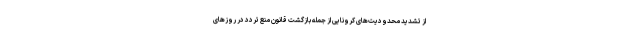
از تشدید محدودیت‌های کرونایی از جمله بازگشت قانون منع تردد در روزهای